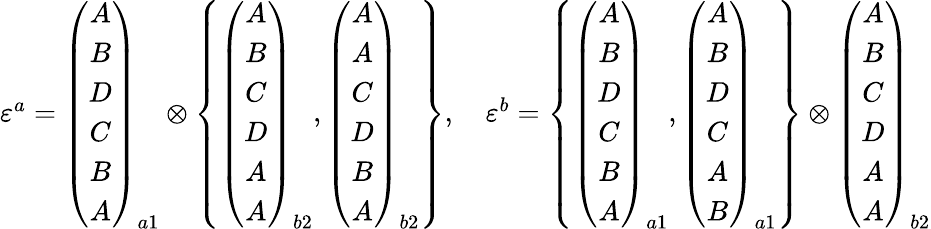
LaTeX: \begin{array}{r}{\varepsilon^{a}=\left(\begin{array}{c}{A}\\ {B}\\ {D}\\ {C}\\ {B}\\ {A}\end{array}\right)_{a1}\otimes\left\{ \left(\begin{array}{c}{A}\\ {B}\\ {C}\\ {D}\\ {A}\\ {A}\end{array}\right)_{b2},\left(\begin{array}{c}{A}\\ {A}\\ {C}\\ {D}\\ {B}\\ {A}\end{array}\right)_{b2}\right\} ,\quad\varepsilon^{b}=\left\{ \left(\begin{array}{c}{A}\\ {B}\\ {D}\\ {C}\\ {B}\\ {A}\end{array}\right)_{a1},\left(\begin{array}{c}{A}\\ {B}\\ {D}\\ {C}\\ {A}\\ {B}\end{array}\right)_{a1}\right\} \otimes\left(\begin{array}{c}{A}\\ {B}\\ {C}\\ {D}\\ {A}\\ {A}\end{array}\right)_{b2}}\end{array}